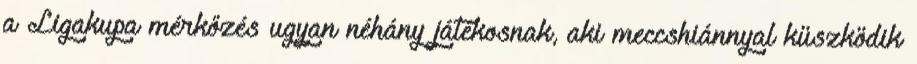
a Ligakupa mérkőzés ugyan néhány játékosnak, aki meccshiánnyal küszködik